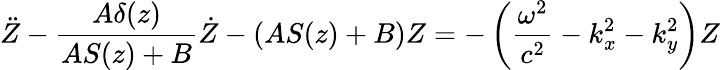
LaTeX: \ddot{Z}-\frac{A\delta(z)}{AS(z)+B}\dot{Z}-\left(AS(z)+B\right)Z=-\left(\frac{\omega^{2}}{c^{2}}-k_{x}^{2}-k_{y}^{2}\right)Z